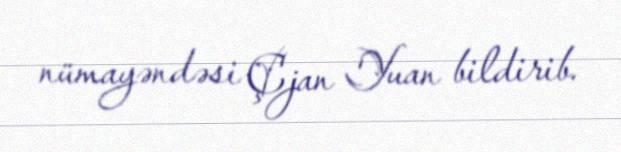
nümayəndəsi Çjan Yuan bildirib.